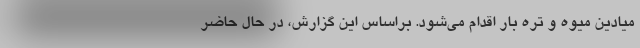
میادین میوه و تره بار اقدام می‌شود. براساس این گزارش، در حال حاضر